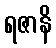
ရဇာနိ